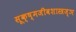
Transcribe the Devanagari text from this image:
सूक्ष्मजीवशास्त्रज्ञ